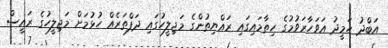
އަބްދު ހަމީދު އަވަހާރަވުމުގެ ހިތާމައިގައި ރައްޔިތުންގެ މަޖިލީހުގައި ދަފްތަރެއް ހުޅުމަށް މަޖިލީހުގެ ރައީސް